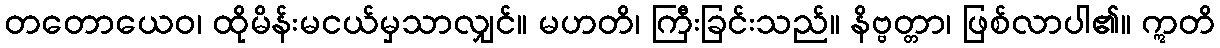
တတောယေဝ၊ ထိုမိန်းမငယ်မှသာလျှင်။ မဟတိ၊ ကြီးခြင်းသည်။ နိဗ္ဗတ္တာ၊ ဖြစ်လာပါ၏။ ဣတိ